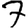
Digit: 7